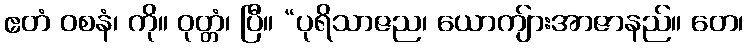
ဧတံ ဝစနံ၊ ကို။ ဝုတ္တံ၊ ပြီ။ “ပုရိသာဇည၊ ယောကျ်ားအာဇာနည်။ တေ၊